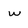
Character: w